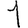
Digit: 1